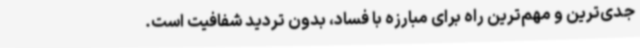
جدی‌ترین و مهم‌ترین راه برای مبارزه با فساد، بدون تردید شفافیت است.